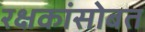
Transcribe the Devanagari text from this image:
रक्षकांसोबत